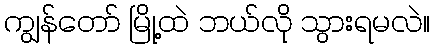
ကျွန်တော် မြို့ထဲ ဘယ်လို သွားရမလဲ။